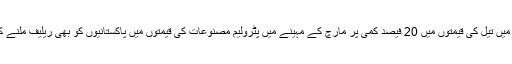
عالمی منڈی میں تیل کی قیمتوں میں 20 فیصد کمی پر مارچ کے مہینے میں پٹرولیم مصنوعات کی قیمتوں میں پاکستانیوں کو بھی ریلیف ملنے کا امکان ہے۔